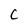
Character: C